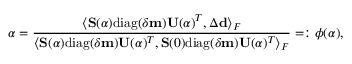
\alpha = \frac { \langle \mathbf { S } ( \alpha ) \mathrm { d i a g } ( \delta \mathbf { m } ) \mathbf { U } ( \alpha ) ^ { T } , \Delta \mathbf { d } \rangle _ { F } } { \langle \mathbf { S } ( \alpha ) \mathrm { d i a g } ( \delta \mathbf { m } ) \mathbf { U } ( \alpha ) ^ { T } , \mathbf { S } ( 0 ) \mathrm { d i a g } ( \delta \mathbf { m } ) \mathbf { U } ( \alpha ) ^ { T } \rangle _ { F } } = : \phi ( \alpha ) ,